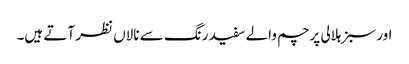
اور سبز ہلالی پرچم والے سفید رنگ سے نالاں نظر آتے ہیں۔